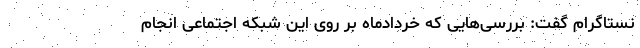
نستاگرام گفت: بررسی‌هایی که خردادماه بر روی این شبکه اجتماعی انجام